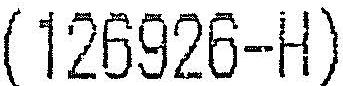
(126926-H)